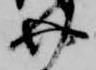
介